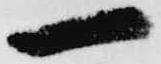
一